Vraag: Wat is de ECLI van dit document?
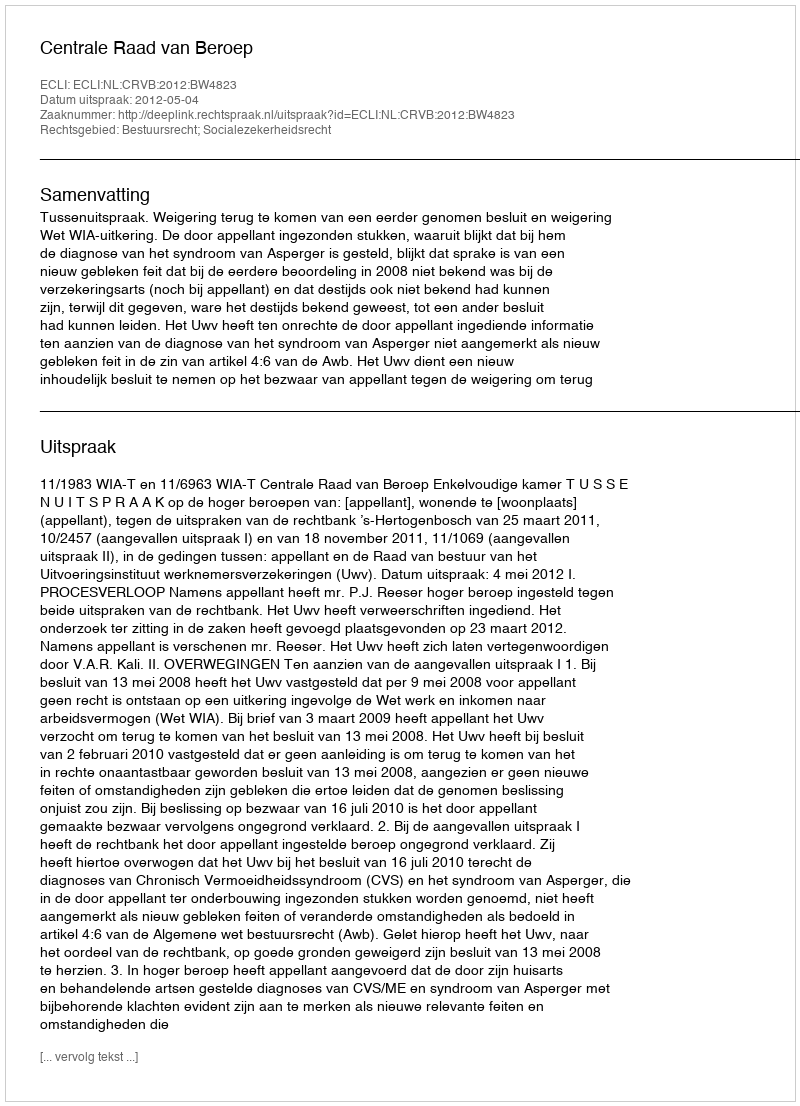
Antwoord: ECLI:NL:CRVB:2012:BW4823